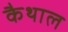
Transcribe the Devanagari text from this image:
कैथाल